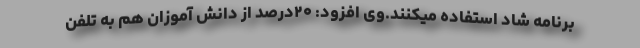
برنامه شاد استفاده میکنند.وی افزود: ۲۰درصد از دانش آموزان هم به تلفن